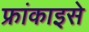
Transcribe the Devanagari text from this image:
फ्रांकाइसे